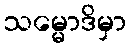
သမ္မောဒိမှာ